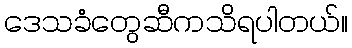
ဒေသခံတွေဆီကသိရပါတယ်။